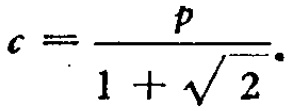
\(c = \frac{p}{1 + \sqrt{2}}.\)